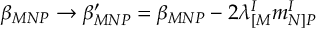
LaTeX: \beta _ { M N P } \rightarrow \beta _ { M N P } ^ { \prime } = \beta _ { M N P } - 2 \lambda _ { [ M } ^ { I } m _ { N ] P } ^ { I }